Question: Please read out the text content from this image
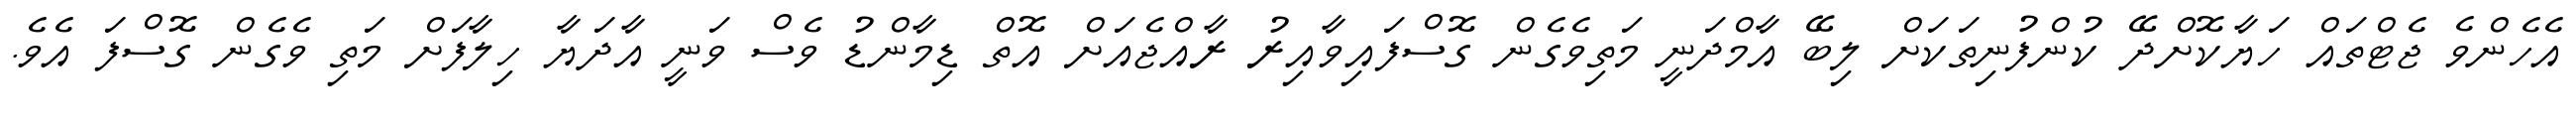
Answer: އެހެންވެ ޖެޓްތައް ހަޔާކޮށްދޭ ކުންފުނިތަކަށް ލިބޭ އާމްދަނީ މަތިވެގެން ގޮސްފައިވާއިރު ރާއްޖެއަށް އޮތް ޑިމާންޑު ވެސް ވަނީ އާދަޔާ ހިލާފަށް މަތި ވެގެން ގޮސްފަ އެވެ.